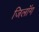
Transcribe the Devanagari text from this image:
जिलॉग